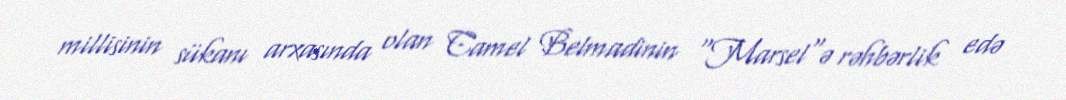
millisinin sükanı arxasında olan Camel Belmadinin "Marsel"ə rəhbərlik edə